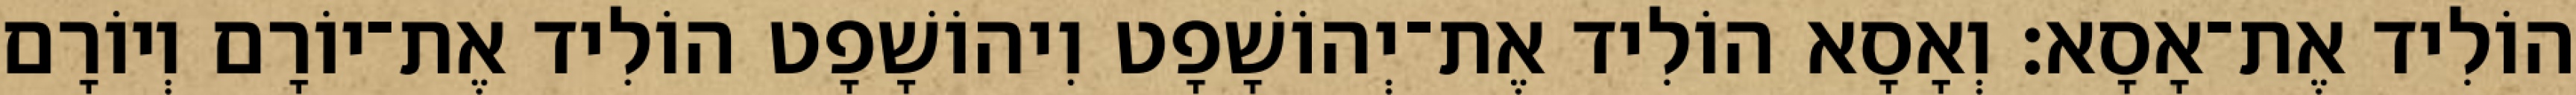
הוֹלִיד אֶת־אָסָא׃ וְאָסָא הוֹלִיד אֶת־יְהוֹשָׁפָט וִיהוֹשָׁפָט הוֹלִיד אֶת־יוֹרָם וְיוֹרָם